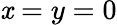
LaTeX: \mathit{x}=y=0